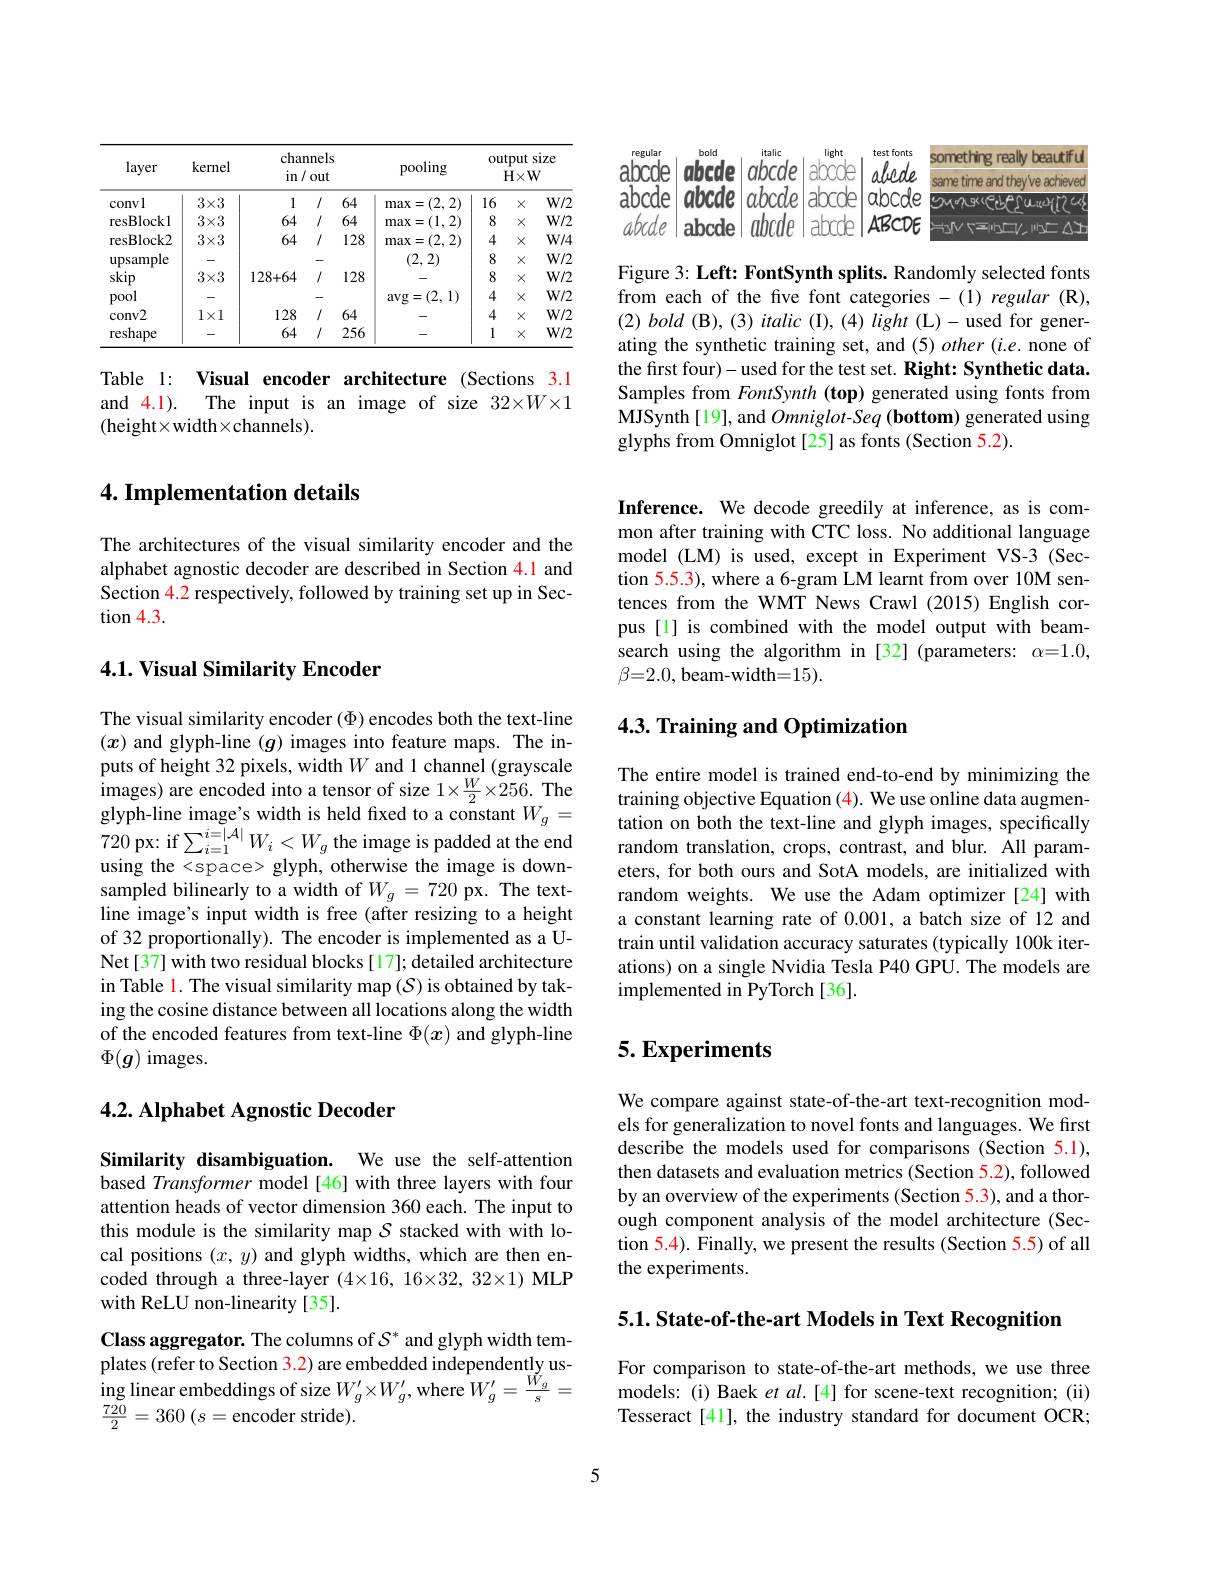
<table>
	<tbody>
		<tr>
			<th rowspan="2">layer convl</th>
			<th rowspan="2">kernel $3\times3$</th>
			<th>char in </th>
			<th>ınels out</th>
			<th> </th>
			<th rowspan="2">pooling (2,2) max =</th>
			<th colspan="3">output size $H\times W$</th>
		</tr>
		<tr>
			<th>1</th>
			<th>$f$</th>
			<th>64</th>
			<th>16</th>
			<th>$X$</th>
			<th>$W/2$</th>
		</tr>
		<tr>
			<td>resBlockl</td>
			<td>$3\times3$</td>
			<td>64</td>
			<td>$f$</td>
			<td>64</td>
			<td>(1,2) max =</td>
			<td>8</td>
			<td>$X$</td>
			<td>$W/2$</td>
		</tr>
		<tr>
			<td>resBlock2</td>
			<td>$3\times3$</td>
			<td>64</td>
			<td>$f$</td>
			<td>128</td>
			<td>(2,2) max =</td>
			<td>4</td>
			<td>$X$</td>
			<td>$W/4$</td>
		</tr>
		<tr>
			<td>upsample</td>
			<td> </td>
			<td> </td>
			<td> </td>
			<td> </td>
			<td>(2,2)</td>
			<td>8</td>
			<td>$X$</td>
			<td>$W/2$</td>
		</tr>
		<tr>
			<td>skip</td>
			<td>$3\times3$</td>
			<td>128+64</td>
			<td>$f$</td>
			<td>128</td>
			<td> </td>
			<td>8</td>
			<td>$X$</td>
			<td>$W/2$</td>
		</tr>
		<tr>
			<td>pool</td>
			<td> </td>
			<td> </td>
			<td> </td>
			<td> </td>
			<td>(2,1) avg =</td>
			<td>4</td>
			<td>$X$</td>
			<td>$W/2$</td>
		</tr>
		<tr>
			<td>conv2</td>
			<td>$1\times1$</td>
			<td>128</td>
			<td>$f$</td>
			<td>64</td>
			<td> </td>
			<td>4</td>
			<td>$X$</td>
			<td>$W/2$</td>
		</tr>
		<tr>
			<td>reshape</td>
			<td> </td>
			<td>64</td>
			<td>$f$</td>
			<td>256</td>
			<td> </td>
			<td>1</td>
			<td>$X$</td>
			<td>$W/2$</td>
		</tr>
	</tbody>
</table>

Table 1: Visual encoder architecture (Sections 3.1 and 4.1). The input is an image of size 32×W×1 (height×width×channels).

## 4. Implementation details

The architectures of the visual similarity encoder and the alphabet agnostic decoder are described in Section 4.1 and Section 4.2 respectively, followed by training set up in Sec- $\tan4.3.$

## 4.1. Visual Similarity Encoder

The visual similarity encoder ($\Phi$) encodes both the text-line $(x)$ and glyph-line $(g)$ images into feature maps. The inputs of height 32 pixels, width $W$ and 1 channel (grayscale images) are encoded into a tensor of size $1\times\frac{W}{2}\times256.$ The glyph-line image's width is held fixed to a constant $W_g=$ 720px: if$\sum_i=1^{i=|\mathcal{A}|}W_{i}<W_{g}$ the image is padded at the end using the <space> glyph, otherwise the image is downsampled bilinearly to a width of $W_g=720$ px. The textline image's input width is free (after resizing to a height of 32 proportionally). The encoder is implemented as a UNet[37] with two residual blocks[17]; detailed architecture in Table 1. The visual similarity map (S) is obtained by taking the cosine distance between all locations along the width of the encoded features from text-line $\Phi(x)$ and glyph-line $\Phi(g)$ images.

## 4.2. Alphabet Agnostic Decoder

Similarity disambiguation. We use the self-attention based Transformer model [46] with three layers with four attention heads of vector dimension 360 each. The input to this module is the similarity map $S$ stacked with with local positions $(x,y)$ and glyph widths, which are then encoded through a three-layer (4×16, 16×32, 32×1) MLP with ReLU non-linearity[35].

Class aggregator. The columns of $S^*$ and glyph width templates (refer to Section 3.2) are embedded independently us- $\underset{720}{\operatorname*{\operatorname*{ing~linear~embeddings~of~size~}}}W_{g}^{\prime}\times W_{g}^{\prime}$,where $W_g^{\prime}=\frac{\breve{W}_{g}}{s}=$ $\frac {720}2= 360$ $( s=$encoder stride).

<table>
	<tbody>
		<tr>
			<th>regular</th>
			<th>bold</th>
			<th>italic</th>
			<th>light</th>
			<th>test fonts</th>
			<th>something really beautifu</th>
		</tr>
		<tr>
			<td>alucue</td>
			<td>COOTE</td>
			<td>10cae</td>
			<td>diute</td>
			<td>alucde</td>
			<td>same time and thev ve achievec</td>
		</tr>
		<tr>
			<td>abcde</td>
			<td>abcde</td>
			<td>abcde</td>
			<td>abcde</td>
			<td>abcde</td>
			<td>DMONGKCHPOLICH</td>
		</tr>
		<tr>
			<td>abcde</td>
			<td>abcde</td>
			<td>abcde</td>
			<td>abcde</td>
			<td>$ABCDE$</td>
			<td>HVCEMDV MEA</td>
		</tr>
	</tbody>
</table>

Figure 3: Left: FontSynth splits. Randomly selected fonts from each of the five font categories -(1) regular (R), $( 2) \textit{bold ( B) , ( 3) italic ( I) , ( 4) light ( L) - used for gener- }$ ating the synthetic training set, and (5) other (i.e. none of the first four)- used for the test set. Right: Synthetic data. Samples from FontSynth (top) generated using fonts from $\hat{\mathrm{MJSynth~[19],~and~Omniglot-Seq~(bottom)~generated~using}}$ glyphs from Omniglot[25] as fonts (Section 5.2).

Inference. We decode greedily at inference, as is common after training with CTC loss. No additional language model (LM) is used, except in Experiment VS-3 (Section 5.5.3), where a 6-gram LM learnt from over 10M sentences from the WMT News Crawl (2015) English corpus [1] is combined with the model output with beamsearch using the algorithm in [32] (parameters: α=1.0, $\beta=2.0$,beam-width=15).

## 4.3. Training and Optimization

The entire model is trained end-to-end by minimizing the training objective Equation (4). We use online data augmentation on both the text-line and glyph images, specifically random translation, crops, contrast, and blur. All parameters, for both ours and SotA models, are initialized with random weights. We use the Adam optimizer [24] with a constant learning rate of 0.001, a batch size of 12 and train until validation accuracy saturates (typically 100k iterations) on a single Nvidia Tesla P40 GPU. The models are implemented in PyTorch[36].

## $5. \textbf{Experiments}$

We compare against state-of-the-art text-recognition models for generalization to novel fonts and languages. We first describe the models used for comparisons (Section 5.1), then datasets and evaluation metrics (Section 5.2), followed by an overview of the experiments (Section 5.3), and a thorough component analysis of the model architecture (Section 5.4). Finally, we present the results (Section 5.5) of all the experiments.

5.1. State-of-the-art Models in Text Recognition

For comparison to state-of-the-art methods, we use three models: (i) Baek $et$ al.[4] for scene-text recognition; (ii) Tesseract[41], the industry standard for document OCR;

5